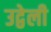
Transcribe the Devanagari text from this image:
उद्वेली